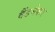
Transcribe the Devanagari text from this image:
वैंडमेकर